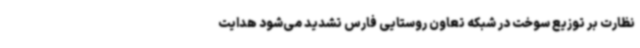
نظارت بر توزیع سوخت در شبکه تعاون روستایی فارس تشدید می‌شود هدایت